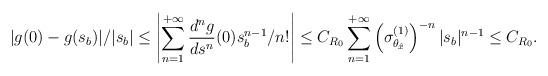
LaTeX: \begin{align*} \vert g(0)-g(s_b)\vert /\vert s_b\vert \le \left\vert \sum^{+\infty}_{n=1}\frac{d^n g}{d s^n}(0) s^{n-1}_b/n!\right\vert\le C_{R_0}\sum_{n=1}^{+\infty}\left(\sigma^{(1)}_{\theta_{\hat{x}}}\right)^{-n}\vert s_b\vert^{n-1}\le C_{R_0}.\end{align*}